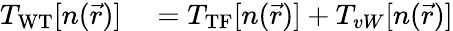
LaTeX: \begin{array}{rl}{T_{\mathrm{WT}}[n(\vec{r})]}&{{}=T_{\mathrm{TF}}[n(\vec{r})]+T_{vW}[n(\vec{r})]}\end{array}